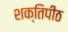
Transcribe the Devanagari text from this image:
शक्‍ितपीठ